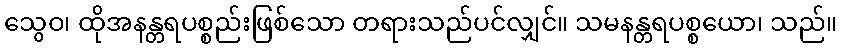
သွေဝ၊ ထိုအနန္တရပစ္စည်းဖြစ်သော တရားသည်ပင်လျှင်။ သမနန္တရပစ္စယော၊ သည်။